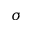
\sigma